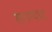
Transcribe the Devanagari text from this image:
सागण्याचा